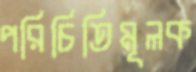
পরিচিতিমূলক